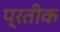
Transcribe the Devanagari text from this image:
प्रतीक